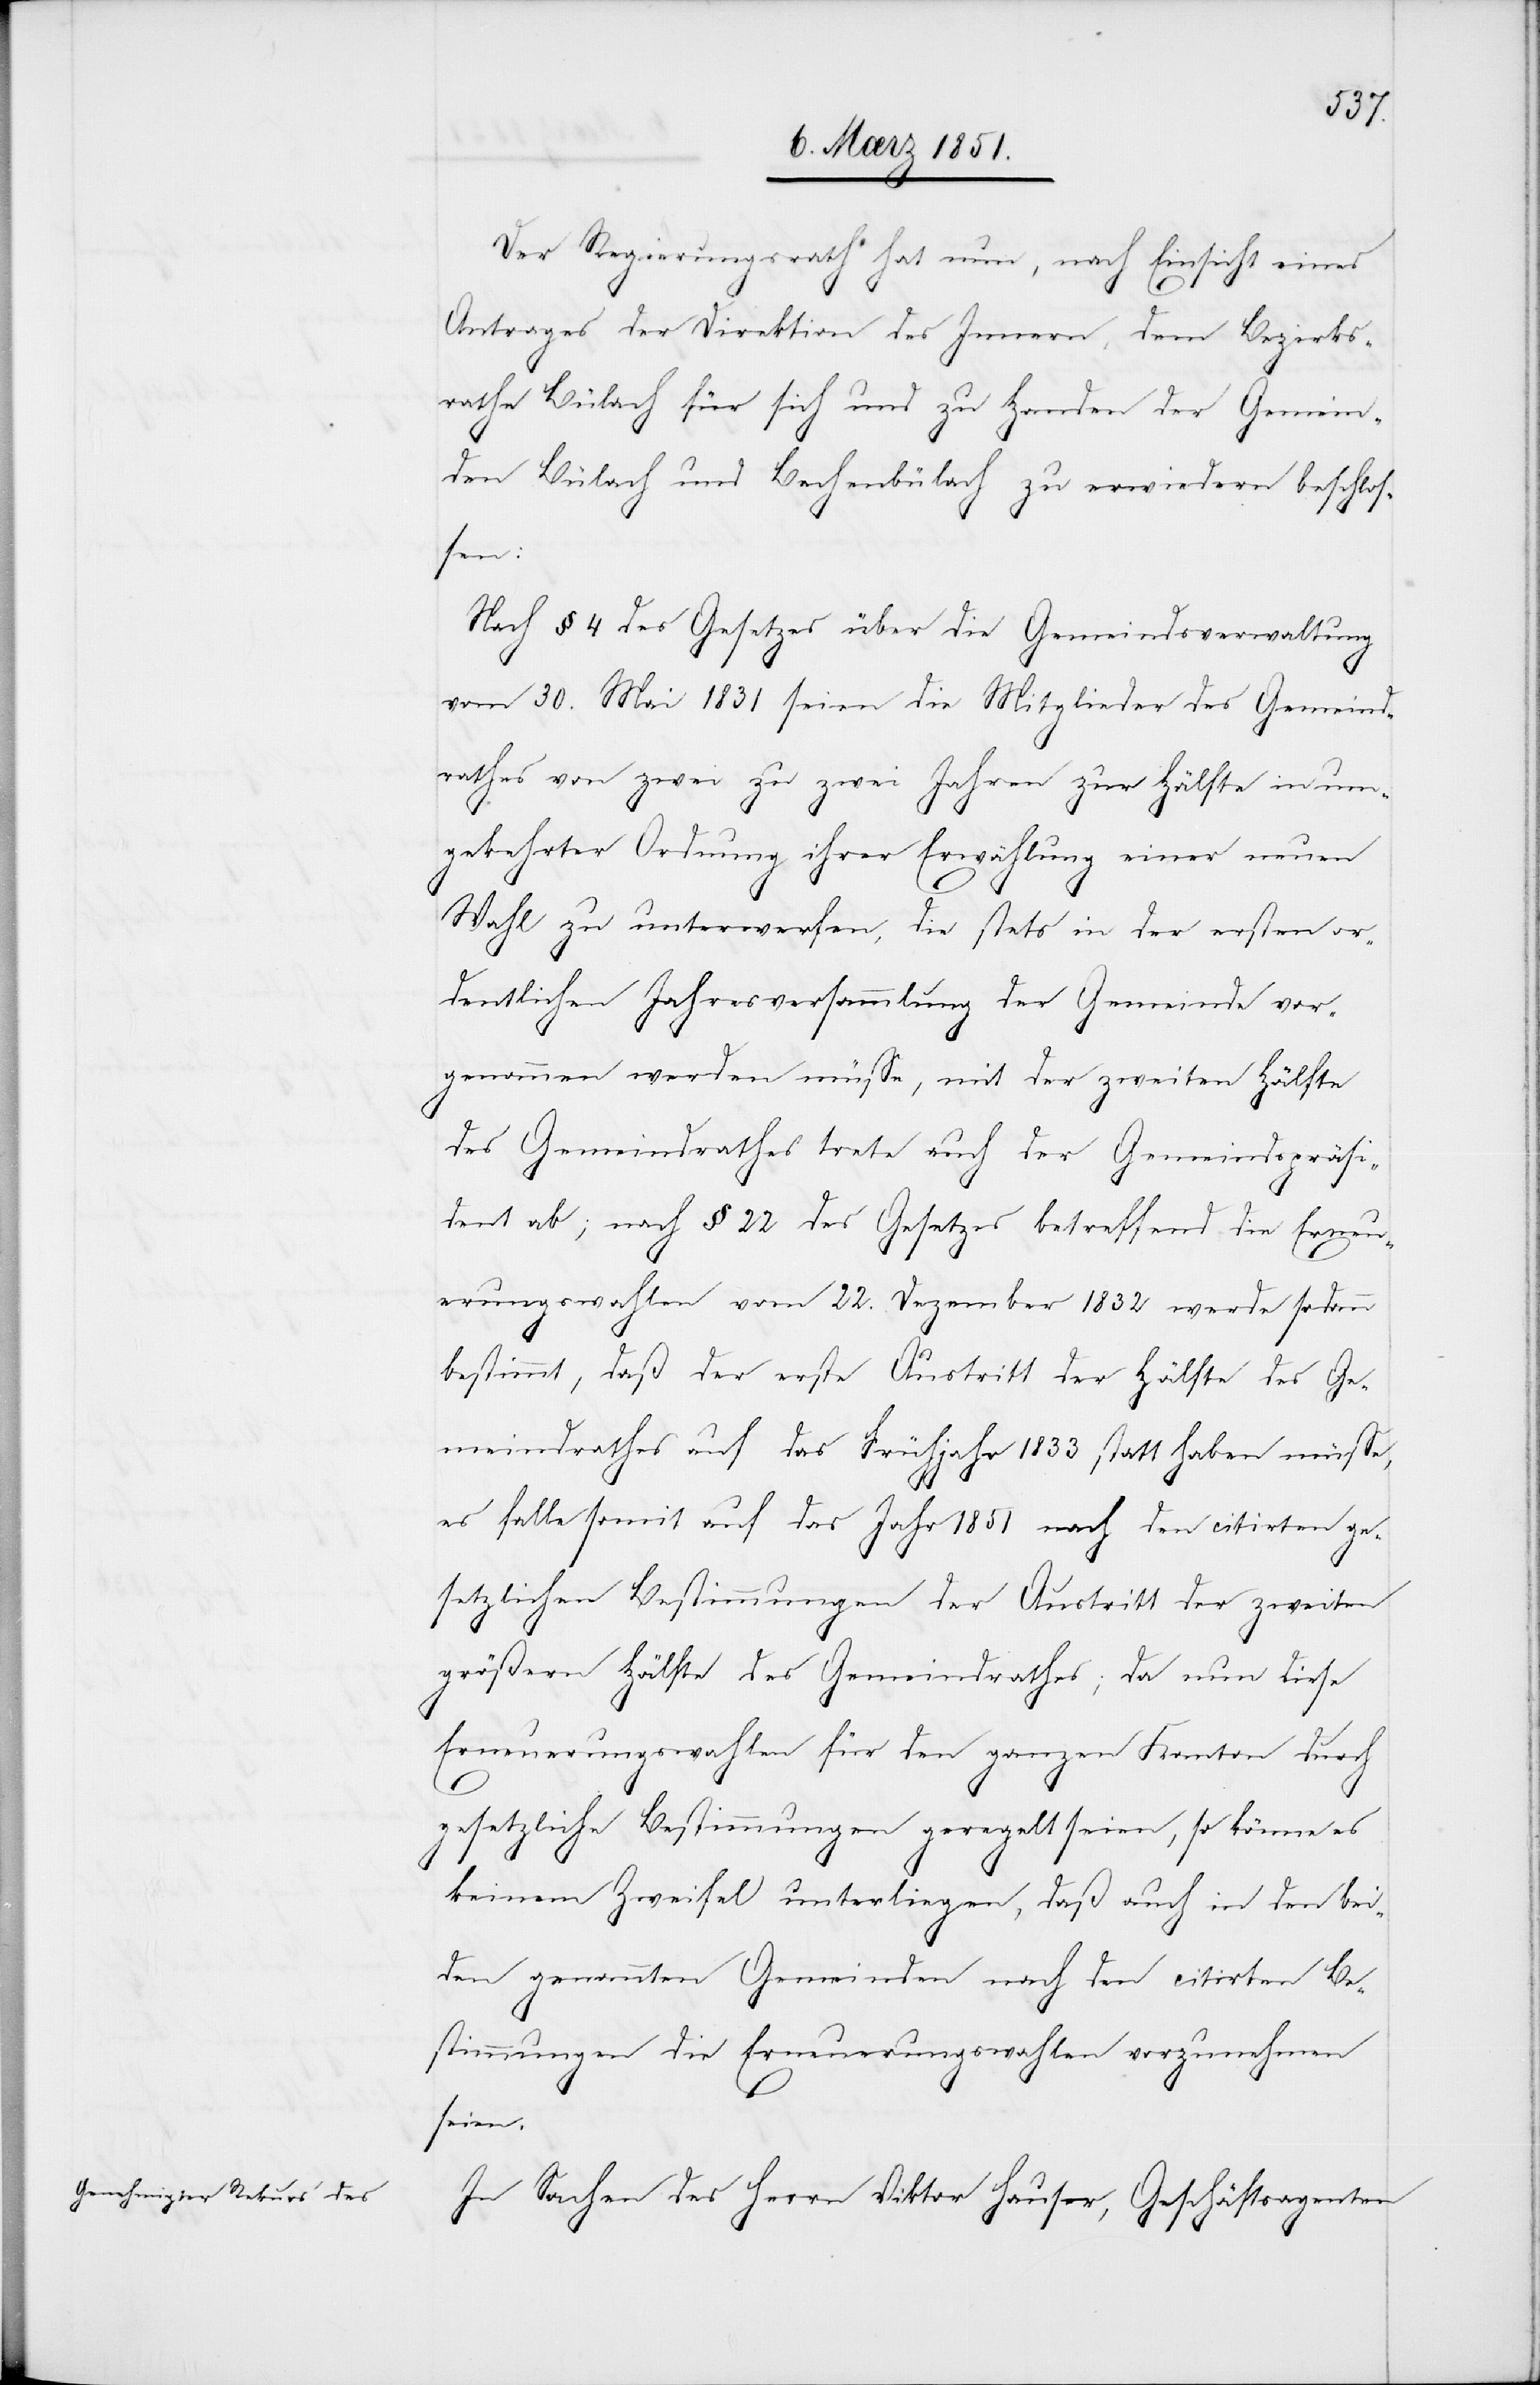
Der Regierungsrath hat nun, nach Einsicht eines
Antrages der Direktion des Innern, dem Bezirks¬
rathe Bülach für sich und zu Handen der Gemein¬
den Bülach und Bachenbülach zu erwiedern beschlos¬
sen:
Nach § 4 des Gesetzes über die Gemeindsverwaltung
vom 30. Mai 1831 seien die Mitglieder des Gemeind¬
rathes von zwei zu zwei Jahren zur Hälfte in um¬
gekehrter Ordnung ihrer Erwählung einer neuen
Wahl zu unterwerfen, die stets in der ersten or¬
dentlichen Jahresversammlung der Gemeinde vor¬
genommen werden müsse, mit der zweiten Hälfte
des Gemeindrathes trete auch der Gemeindspräsi¬
dent ab; nach § 22 des Gesetzes betreffend die Erneu¬
erungswahlen vom 22. Dezember 1832 werde sodann
bestimmt, daß der erste Austritt der Hälfte des Ge¬
meindrathes auf das Frühjahr 1833 statt haben müsse,
es falle somit auf das Jahr 1851 nach den citirten ge¬
setzlichen Bestimmungen der Austritt der zweiten
größern Hälfte des Gemeindrathes; da nun diese
Erneuerungswahlen für den ganzen Kanton durch
gesetzliche Bestimmungen geregelt seien, so könne es
keinem Zweifel unterliegen, daß auch in den bei¬
den genannten Gemeinden nach den citirten Be¬
stimmungen die Erneuerungswahlen vorzunehmen
seien.
In Sachen des Herrn Viktor Hauser, Geschäftsagenten